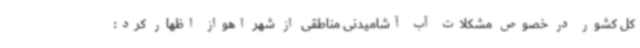
کل کشور در خصوص مشکلات آب آشامیدنی مناطقی از شهر اهواز اظهار کرد: